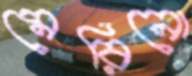
মেরিনো